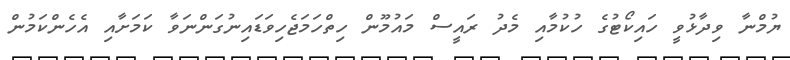
ޔުމްނާ ވިދާޅުވީ ހައިކޯޓުގެ ހުކުމާއި މެދު ރައީސް މައުމޫން ހިތްހަމަޖެހިވަޑައިނުގަންނަވާ ކަމަށާއި އެހެންކަމުން